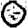
Digit: 0